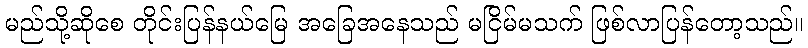
မည်သို့ဆိုစေ တိုင်းပြန်နယ်မြေ အခြေအနေသည် မငြိမ်မသက် ဖြစ်လာပြန်တော့သည်။